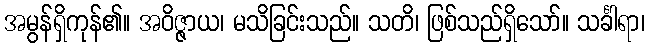
အမွန်ရှိကုန်၏။ အဝိဇ္ဇာယ၊ မသိခြင်းသည်။ သတိ၊ ဖြစ်သည်ရှိသော်။ သင်္ခါရာ၊